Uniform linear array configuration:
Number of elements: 12
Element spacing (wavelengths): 1
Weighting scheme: cosine
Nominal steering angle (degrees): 0
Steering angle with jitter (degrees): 1.713
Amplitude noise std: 0.05
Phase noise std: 0.05

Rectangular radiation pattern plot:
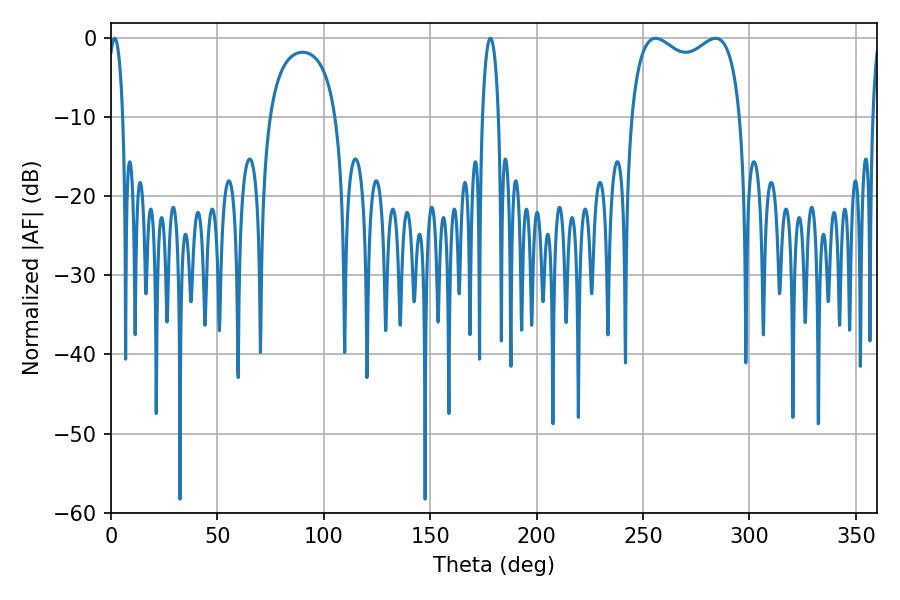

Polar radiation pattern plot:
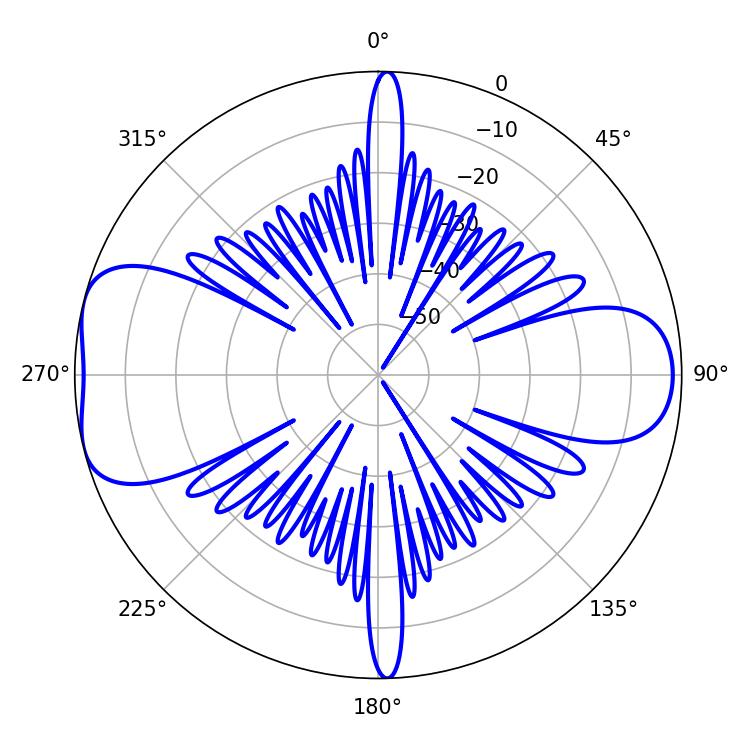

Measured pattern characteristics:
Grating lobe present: TRUE
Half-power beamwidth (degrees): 42.48
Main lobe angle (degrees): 255.96